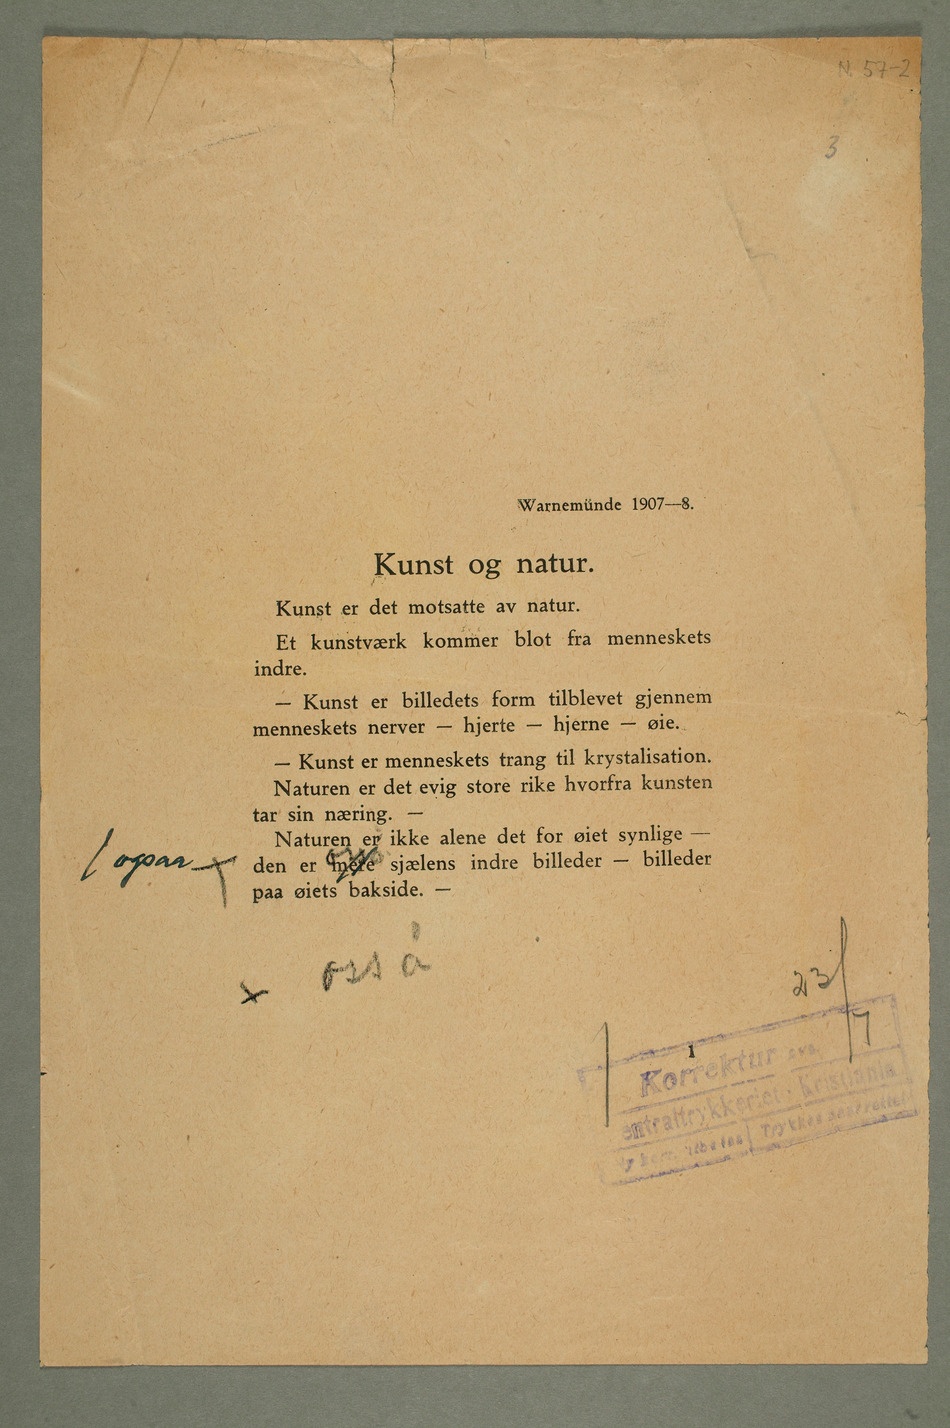
Kunst og natur.
Kunst er det motsatte af natur.
Et kunstværk kommer blot fra menneskets
indre.
– Kunst er billedets form tilblivet gjennem
menneskets nerver – hjerte – hjerne – øie.
– Kunst er menneskets trang til krystalisation.
Naturen er det evig store rike hvorfra kunsten
tar sin næring
– Naturen er ikke alene det for øiet synlige –
paa øiets bakside –